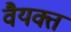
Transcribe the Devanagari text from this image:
वैयक्त